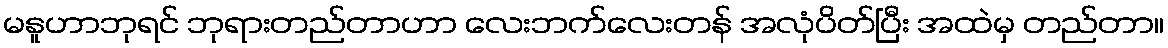
မနူဟာဘုရင် ဘုရားတည်တာဟာ လေးဘက်လေးတန် အလုံပိတ်ပြီး အထဲမှ တည်တာ။